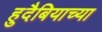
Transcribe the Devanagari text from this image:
हुदैबियाच्या